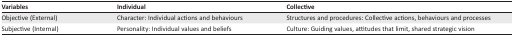
<table><thead><tr><td><b>Variables</b></td><td><b>Individual</b></td><td><b>Collective</b></td></tr></thead><tbody><tr><td>Objective (External)</td><td>Character: Individual actions and behaviours</td><td>Structures and procedures: Collective actions, behaviours and processes</td></tr><tr><td>Subjective (Internal)</td><td>Personality: Individual values and beliefs</td><td>Culture: Guiding values, attitudes that limit, shared strategic vision</td></tr></tbody></table>